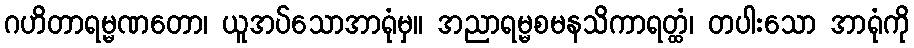
ဂဟိတာရမ္မဏတော၊ ယူအပ်သောအာရုံမှ။ အညာရမ္မစမနသိကာရတ္ထံ၊ တပါးသော အာရုံကို